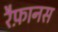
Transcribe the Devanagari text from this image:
रैफ़ानस